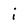
Character: i